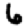
Digit: 6